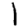
Digit: 1